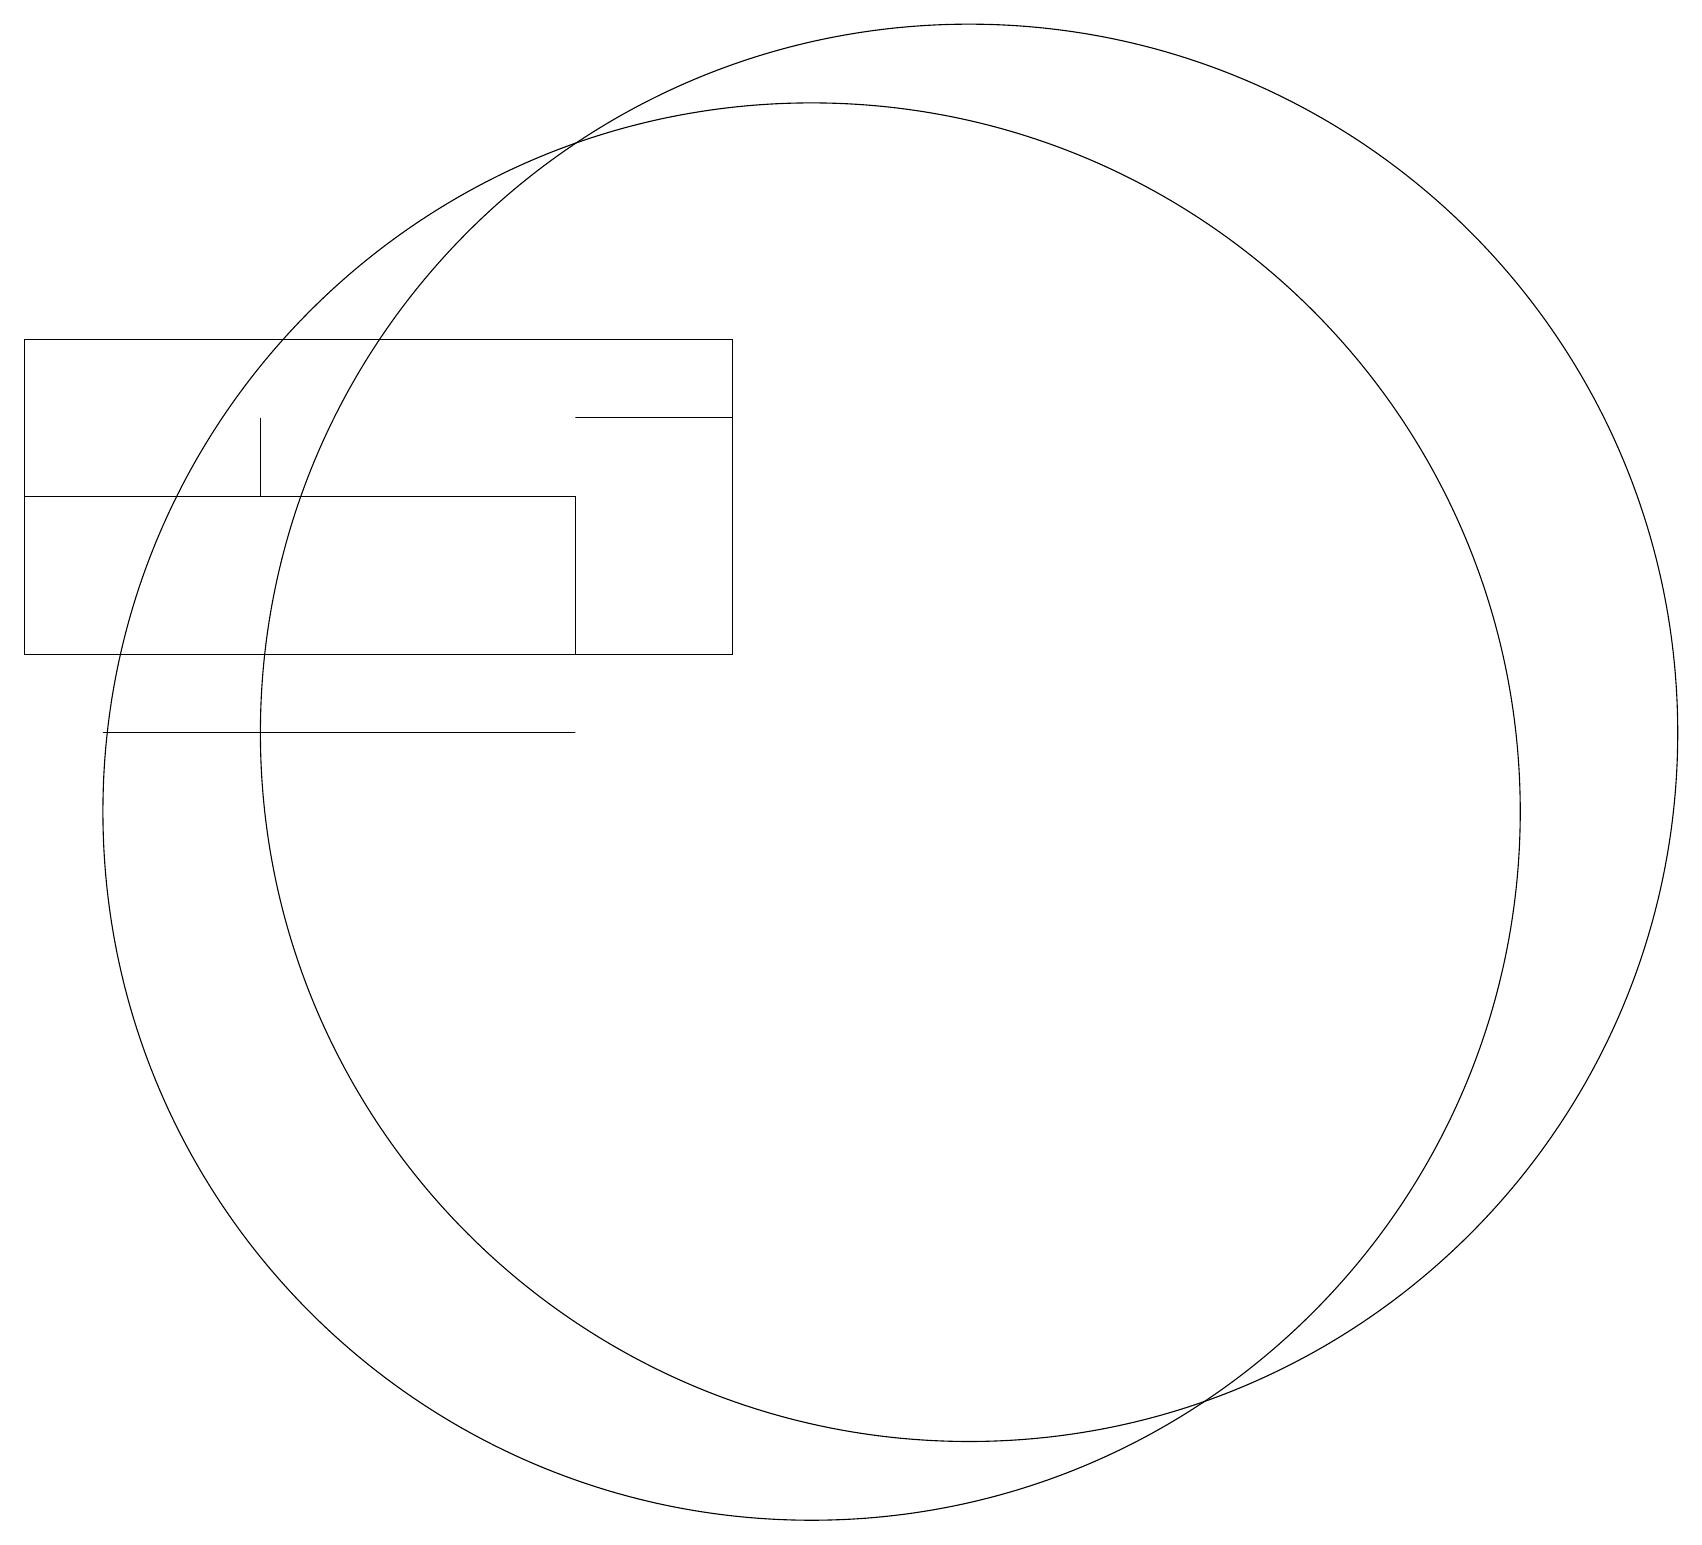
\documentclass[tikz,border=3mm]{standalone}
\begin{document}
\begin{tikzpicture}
\draw (10,10) circle (9);
\draw (0,11) rectangle (0,11);
\draw (0,12) rectangle (9,16);
\draw (12,11) circle (9);
\draw (3,15) rectangle (3,14);
\draw (7,12) rectangle (0,14);
\draw (9,15) rectangle (7,15);
\draw (1,11) rectangle (7,11);
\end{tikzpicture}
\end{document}